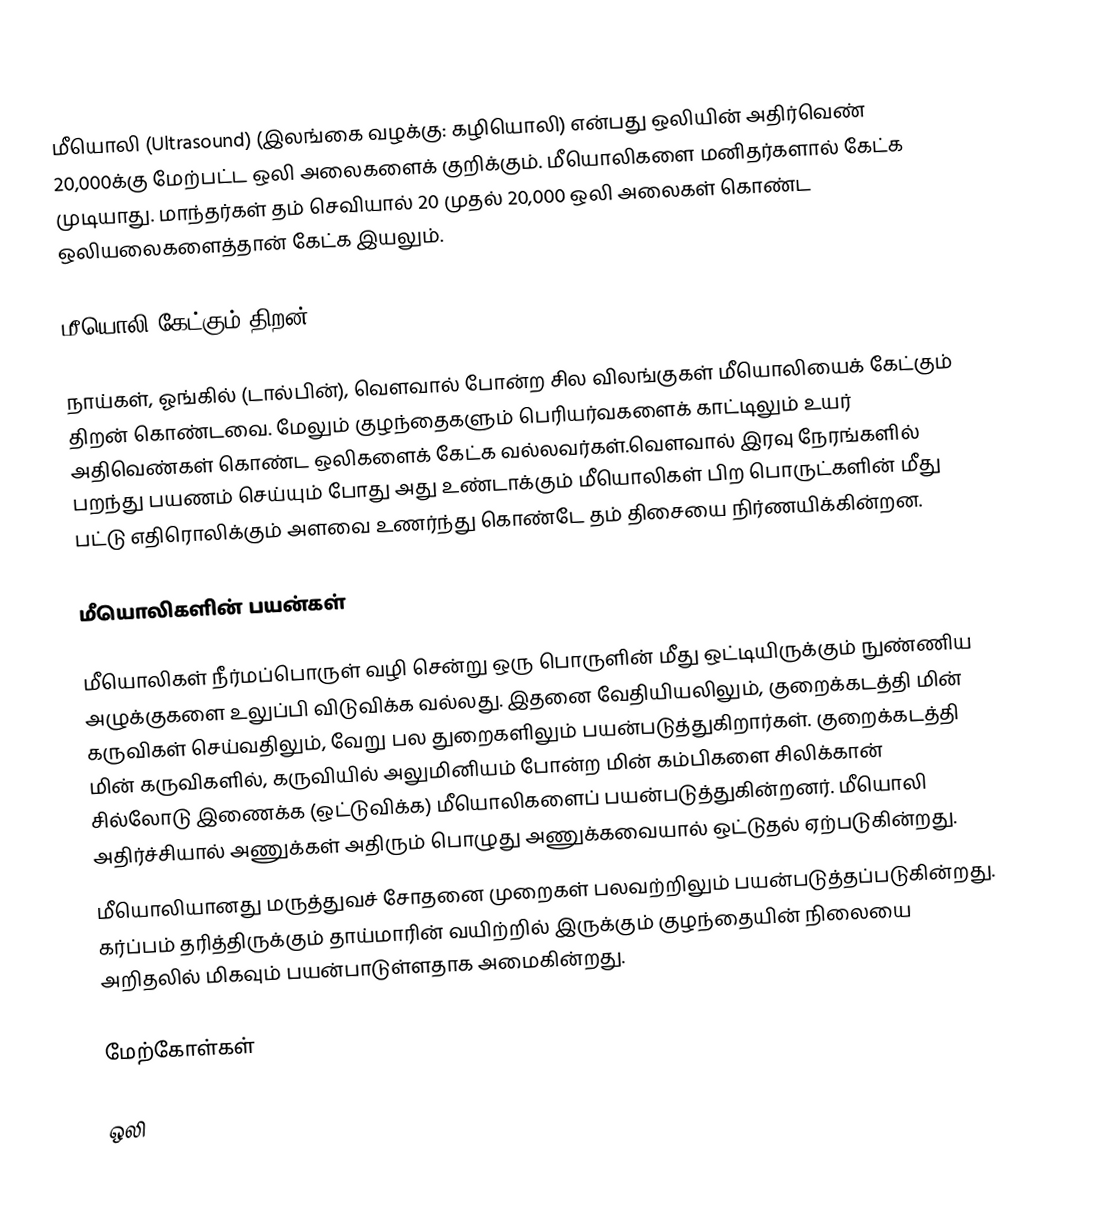
மீயொலி (Ultrasound) (இலங்கை வழக்கு: கழியொலி) என்பது ஒலியின் அதிர்வெண் 20,000க்கு மேற்பட்ட ஒலி அலைகளைக் குறிக்கும். மீயொலிகளை மனிதர்களால் கேட்க முடியாது. மாந்தர்கள் தம் செவியால் 20 முதல் 20,000 ஒலி அலைகள் கொண்ட ஒலியலைகளைத்தான் கேட்க இயலும்.

மீயொலி கேட்கும் திறன்

நாய்கள், ஓங்கில் (டால்பின்), வௌவால் போன்ற சில விலங்குகள் மீயொலியைக் கேட்கும் திறன் கொண்டவை. மேலும் குழந்தைகளும் பெரியர்வகளைக் காட்டிலும் உயர் அதிவெண்கள் கொண்ட ஒலிகளைக் கேட்க வல்லவர்கள்.வௌவால் இரவு நேரங்களில் பறந்து பயணம் செய்யும் போது அது உண்டாக்கும் மீயொலிகள் பிற பொருட்களின் மீது பட்டு எதிரொலிக்கும் அளவை உணர்ந்து கொண்டே தம் திசையை நிர்ணயிக்கின்றன.

மீயொலிகளின் பயன்கள்

மீயொலிகள் நீர்மப்பொருள் வழி சென்று ஒரு பொருளின் மீது ஒட்டியிருக்கும் நுண்ணிய அழுக்குகளை உலுப்பி விடுவிக்க வல்லது. இதனை வேதியியலிலும், குறைக்கடத்தி மின் கருவிகள் செய்வதிலும், வேறு பல துறைகளிலும் பயன்படுத்துகிறார்கள். குறைக்கடத்தி மின் கருவிகளில், கருவியில் அலுமினியம் போன்ற மின் கம்பிகளை சிலிக்கான் சில்லோடு இணைக்க (ஒட்டுவிக்க) மீயொலிகளைப் பயன்படுத்துகின்றனர். மீயொலி அதிர்ச்சியால் அணுக்கள் அதிரும் பொழுது அணுக்கவையால் ஒட்டுதல் ஏற்படுகின்றது.
மீயொலியானது மருத்துவச் சோதனை முறைகள் பலவற்றிலும் பயன்படுத்தப்படுகின்றது. கர்ப்பம் தரித்திருக்கும் தாய்மாரின் வயிற்றில் இருக்கும் குழந்தையின் நிலையை அறிதலில் மிகவும் பயன்பாடுள்ளதாக அமைகின்றது.

மேற்கோள்கள்

ஒலி